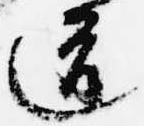
道